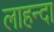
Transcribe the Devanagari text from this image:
लाहन्दा